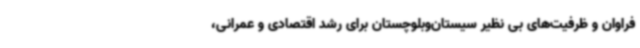
فراوان و ظرفیت‌های بی نظیر سیستان‌وبلوچستان برای رشد اقتصادی و عمرانی،